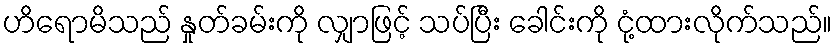
ဟိရောမိသည် နှုတ်ခမ်းကို လျှာဖြင့် သပ်ပြီး ခေါင်းကို ငုံ့ထားလိုက်သည်။